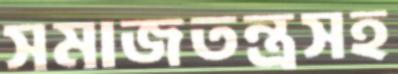
সমাজতন্ত্রসহ